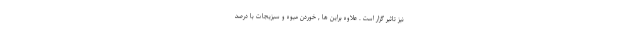
نیز تاثیر گزار است . علاوه براین ها , خوردن میوه و سبزیجات با درصد